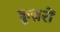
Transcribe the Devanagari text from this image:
क्रूज़रों